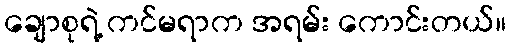
ချောစုရဲ့ ကင်မရာက အရမ်း ကောင်းတယ်။